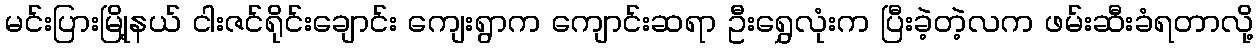
မင်းပြားမြို့နယ် ငါးဇင်ရိုင်းချောင်း ကျေးရွာက ကျောင်းဆရာ ဦးရွှေလုံးက ပြီးခဲ့တဲ့လက ဖမ်းဆီးခံရတာလို့